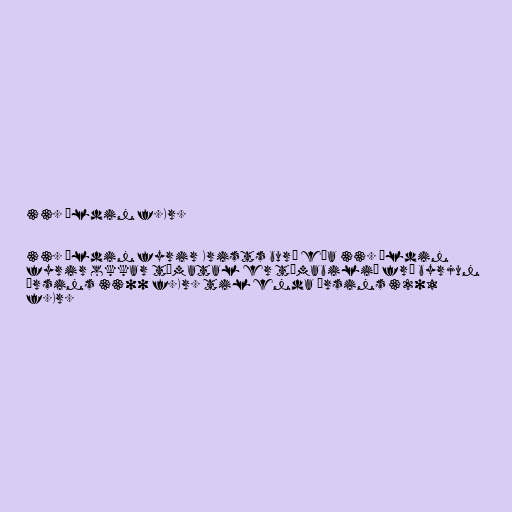
33. öldin f.Kr.

33. öldin fyrir Krists burð eða 33. öldin
fyrir okkar tímatal er tímabilið frá byrjun
ársins 3300 f.Kr. til enda ársins 3201
f.Kr.